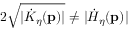
2 \sqrt { \vert \dot { K } _ { \eta } ( \mathbf { p } ) \vert } \neq \vert \dot { H } _ { \eta } ( \mathbf { p } ) \vert